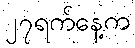
၂၇ရက်နေ့က